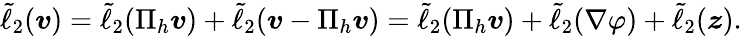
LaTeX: \begin{array}{r}{\tilde{\ell}_{2}(\boldsymbol{v})=\tilde{\ell}_{2}(\Pi_{h}\boldsymbol{v})+\tilde{\ell}_{2}(\boldsymbol{v}-\Pi_{h}\boldsymbol{v})=\tilde{\ell}_{2}(\Pi_{h}\boldsymbol{v})+\tilde{\ell}_{2}(\nabla\varphi)+\tilde{\ell}_{2}(\boldsymbol{z}).}\end{array}